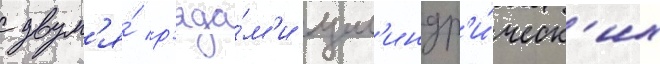
с двум'я́ р'яда́м'и цил'индр'и́ческ'их